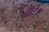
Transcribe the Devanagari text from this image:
वेदि।